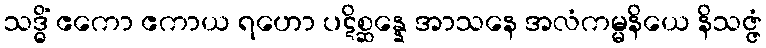
သဒ္ဓိံ ဧကော ဧကာယ ရဟော ပဋိစ္ဆန္နေ အာသနေ အလံကမ္မနိယေ နိသဇ္ဇံ